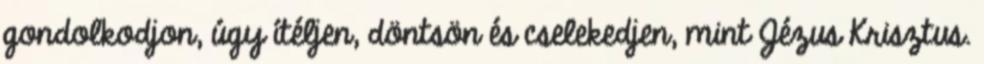
gondolkodjon, úgy ítéljen, döntsön és cselekedjen, mint Jézus Krisztus.